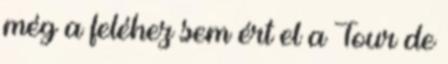
még a feléhez sem ért el a Tour de